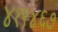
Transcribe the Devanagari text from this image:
४१९४६७